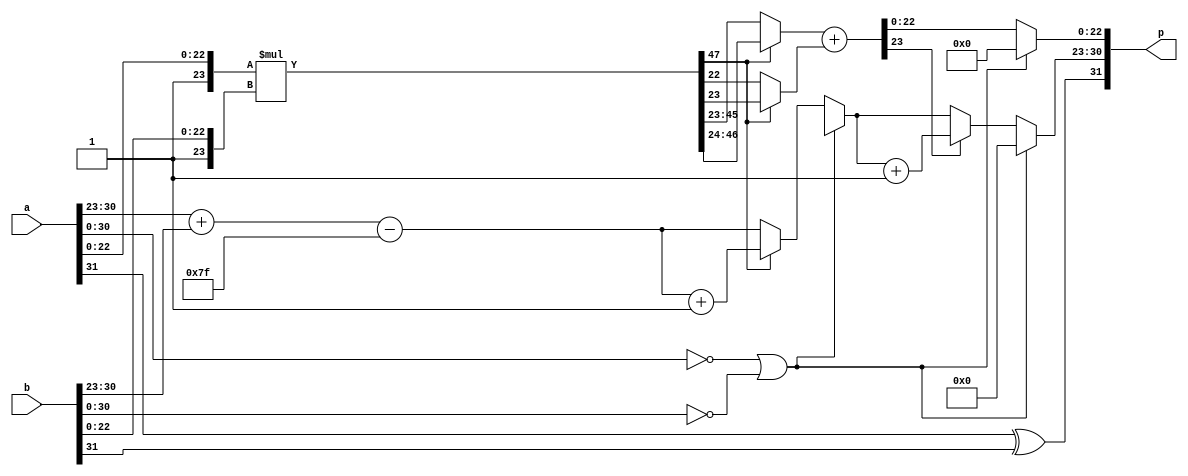
module FP_Mu(a,b,p);
	input [31:0] a,b;
	output [31:0] p;
	parameter bias = 8'd127;
	
	
//--inputs----------------------------------------------------------------------//
	wire [22:0] am, bm; 	 //input mantissa
	wire [7:0] ae,be;       // input exponent
	assign am = a[22:0];
	assign bm = b[22:0];
	assign ae = a[30:23];
	assign be = b[30:23];
	
//--outputs----------------------------------------------------------------------//
	reg [22:0] pm;		 	 //output mantissa
	reg [7:0] pe;			 //output exponent
	assign p[30:0] = {pe,pm};
	assign p[31] = a[31]^b[31];
	
//--temp variables---------------------------------------------------------------//
	reg [47:0] pmTemp;		//temp mantissa reg
	reg [7:0] peTemp;		//temp exponent reg
	reg [22:0] sm;			//temp mantissa reg after shift
	reg [23:0] xm;			//temp mantissa reg after round/increment
	reg rnd;				//if msb of discarded digits is 1, rounding is necessary

//--Combinational Logic----------------------------------------------------------//
	always@(am,bm,ae,be) begin
	    
	    if({ae,am}==31'd0 ||{be,bm}==31'd0)
	        {pe,pm} = 31'd0;
	    else begin 
        		//Initial Product of mantissas
        		pmTemp = {1'b1,am}*{1'b1,bm};
        		peTemp = (ae+be)-bias;
        		
        		//Shift/Round: if MSB of intial product is 1, select upper 22 bits
        		//sm = pmTemp[47] ? pmTemp[45:23] : pmTemp[44:22];
        		//rnd = pmTemp[45] ? pmTemp[22] : pmTemp[21];
        		if(pmTemp[47]) begin
        			sm = pmTemp[46:24];
        			rnd = pmTemp[23];
        			pe = peTemp+1;
        		end
        		else begin
        			sm = pmTemp[45:23];
        			rnd = pmTemp[22];
        			pe = peTemp;
        		end
        		//increment mantissa if round up was necessary
        		xm = sm + rnd;
        		
        		//Final Shift 
        		pm = xm[22:0];
        		pe = xm[23] ? pe+1 : pe;
        		
    		end  //end else
		
		
	
	end
endmodule